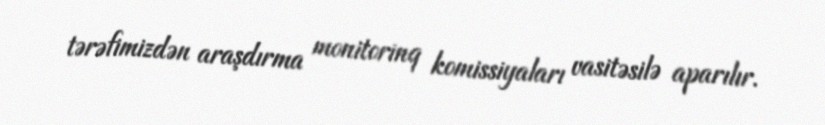
tərəfimizdən araşdırma monitorinq komissiyaları vasitəsilə aparılır.